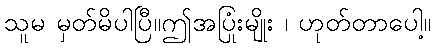
သူမ မှတ်မိပါပြီ။ဤအပြုံးမျိုး ၊ ဟုတ်တာပေါ့။